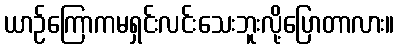
ယာဉ်ကြောကမရှင်းလင်းသေးဘူးလို့ပြောတာလား။